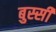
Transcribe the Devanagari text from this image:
बुस्सी